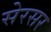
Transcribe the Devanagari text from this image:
सेरसर